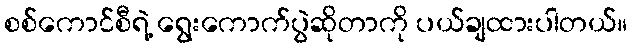
စစ်ကောင်စီရဲ့ ရွေးကောက်ပွဲဆိုတာကို ပယ်ချထားပါတယ်။